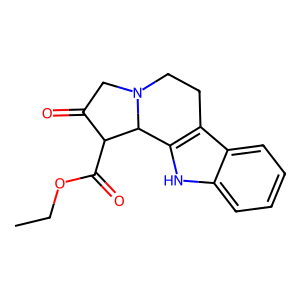
SMILES: CCOC(=O)C1C(=O)CN2CCc3c([nH]c4ccccc34)C12
Inhibits HIV replication: No